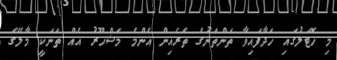
މި ހޮޓަލުގައި ހަދާފައިވާ ތަންތަނުގެ ތެރެއިން އެންމެ މަޝްހޫރު އެއް ތަނަކީ މާލޭގެ